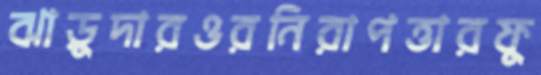
ঝাড়ুদারওরনিরাপত্তারফু